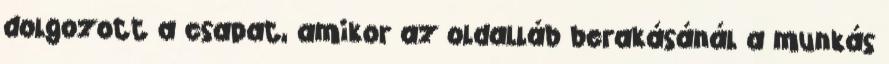
dolgozott a csapat, amikor az oldalláb berakásánál a munkás